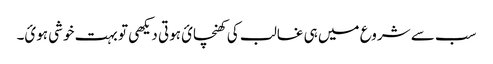
سب سے شروع میں ہی غالب کی کھنچائ ہوتی دیکھی تو بہت خوشی ہوئ۔